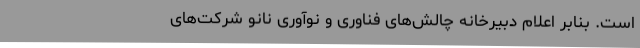
است. بنابر اعلام دبیرخانه چالش‌های فناوری و نوآوری نانو شرکت‌های